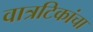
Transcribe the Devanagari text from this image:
वात्रटिकांचा